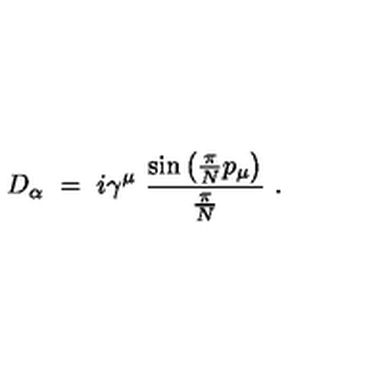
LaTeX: D _ { \alpha } \ = \ i \gamma ^ { \mu } \ \frac { \mathrm { s i n } \left( \frac \pi N p _ { \mu } \right) } { \frac \pi N } \ .